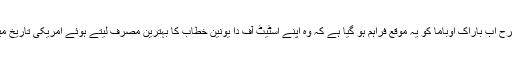
اپنے پیش رو صدور کی طرح اب باراک اوباما کو یہ موقع فراہم ہو گیا ہے کہ وہ اپنے اسٹیٹ آف دا یونین خطاب کا بہترین مصرف لیتے ہوئے امریکی تاریخ میں اپنی جگہ محفوظ کر لیں۔